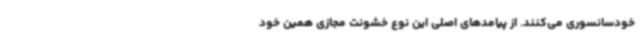
خودسانسوری می‌کنند. از پیامدهای اصلی این نوع خشونت مجازی همین خود